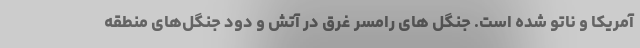
آمریکا و ناتو شده است. جنگل های رامسر غرق در آتش و دود جنگل‌های منطقه